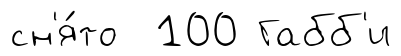
сн'я́то 100 Габб'и